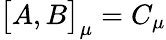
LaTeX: \bigl\lbrack A,B\bigr\rbrack_{\mu}=C_{\mu}